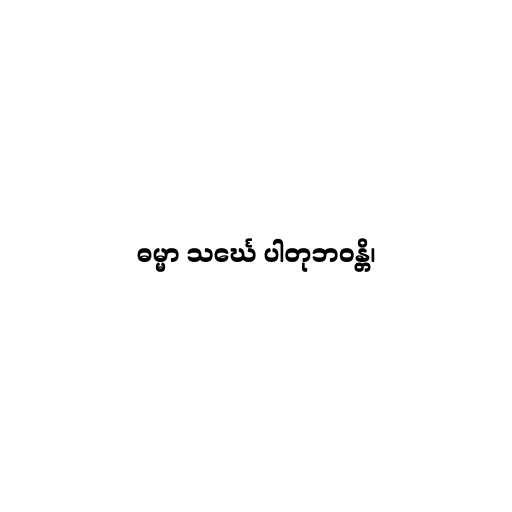
ဓမ္မာ သင်္ဃေ ပါတုဘဝန္တိ၊